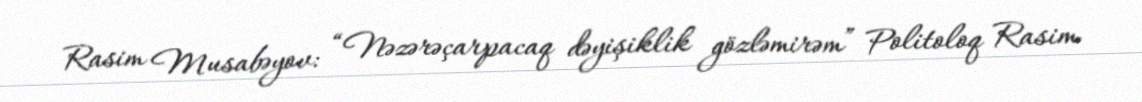
Rasim Musabəyov: “Nəzərəçarpacaq dəyişiklik gözləmirəm” Politoloq Rasim